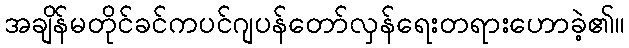
အချိန်မတိုင်ခင်ကပင်ဂျပန်တော်လှန်ရေးတရားဟောခဲ့၏။